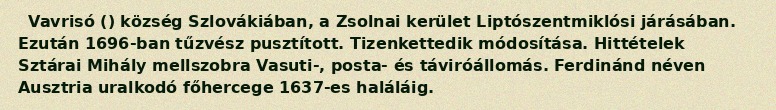
Vavrisó () község Szlovákiában, a Zsolnai kerület Liptószentmiklósi járásában. Ezután 1696-ban tűzvész pusztított. Tizenkettedik módosítása. Hittételek Sztárai Mihály mellszobra Vasuti-, posta- és táviróállomás. Ferdinánd néven Ausztria uralkodó főhercege 1637-es haláláig.